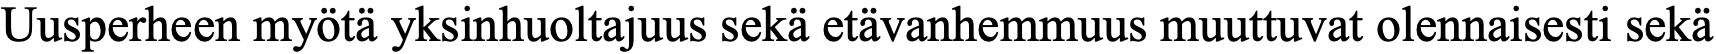
Uusperheen myötä yksinhuoltajuus sekä etävanhemmuus muuttuvat olennaisesti sekä